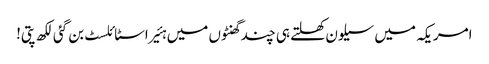
امریکہ میں سیلون کھلتے ہی چند گھنٹوں میں ہئیر اسٹائلسٹ بن گئی لکھ پتی!